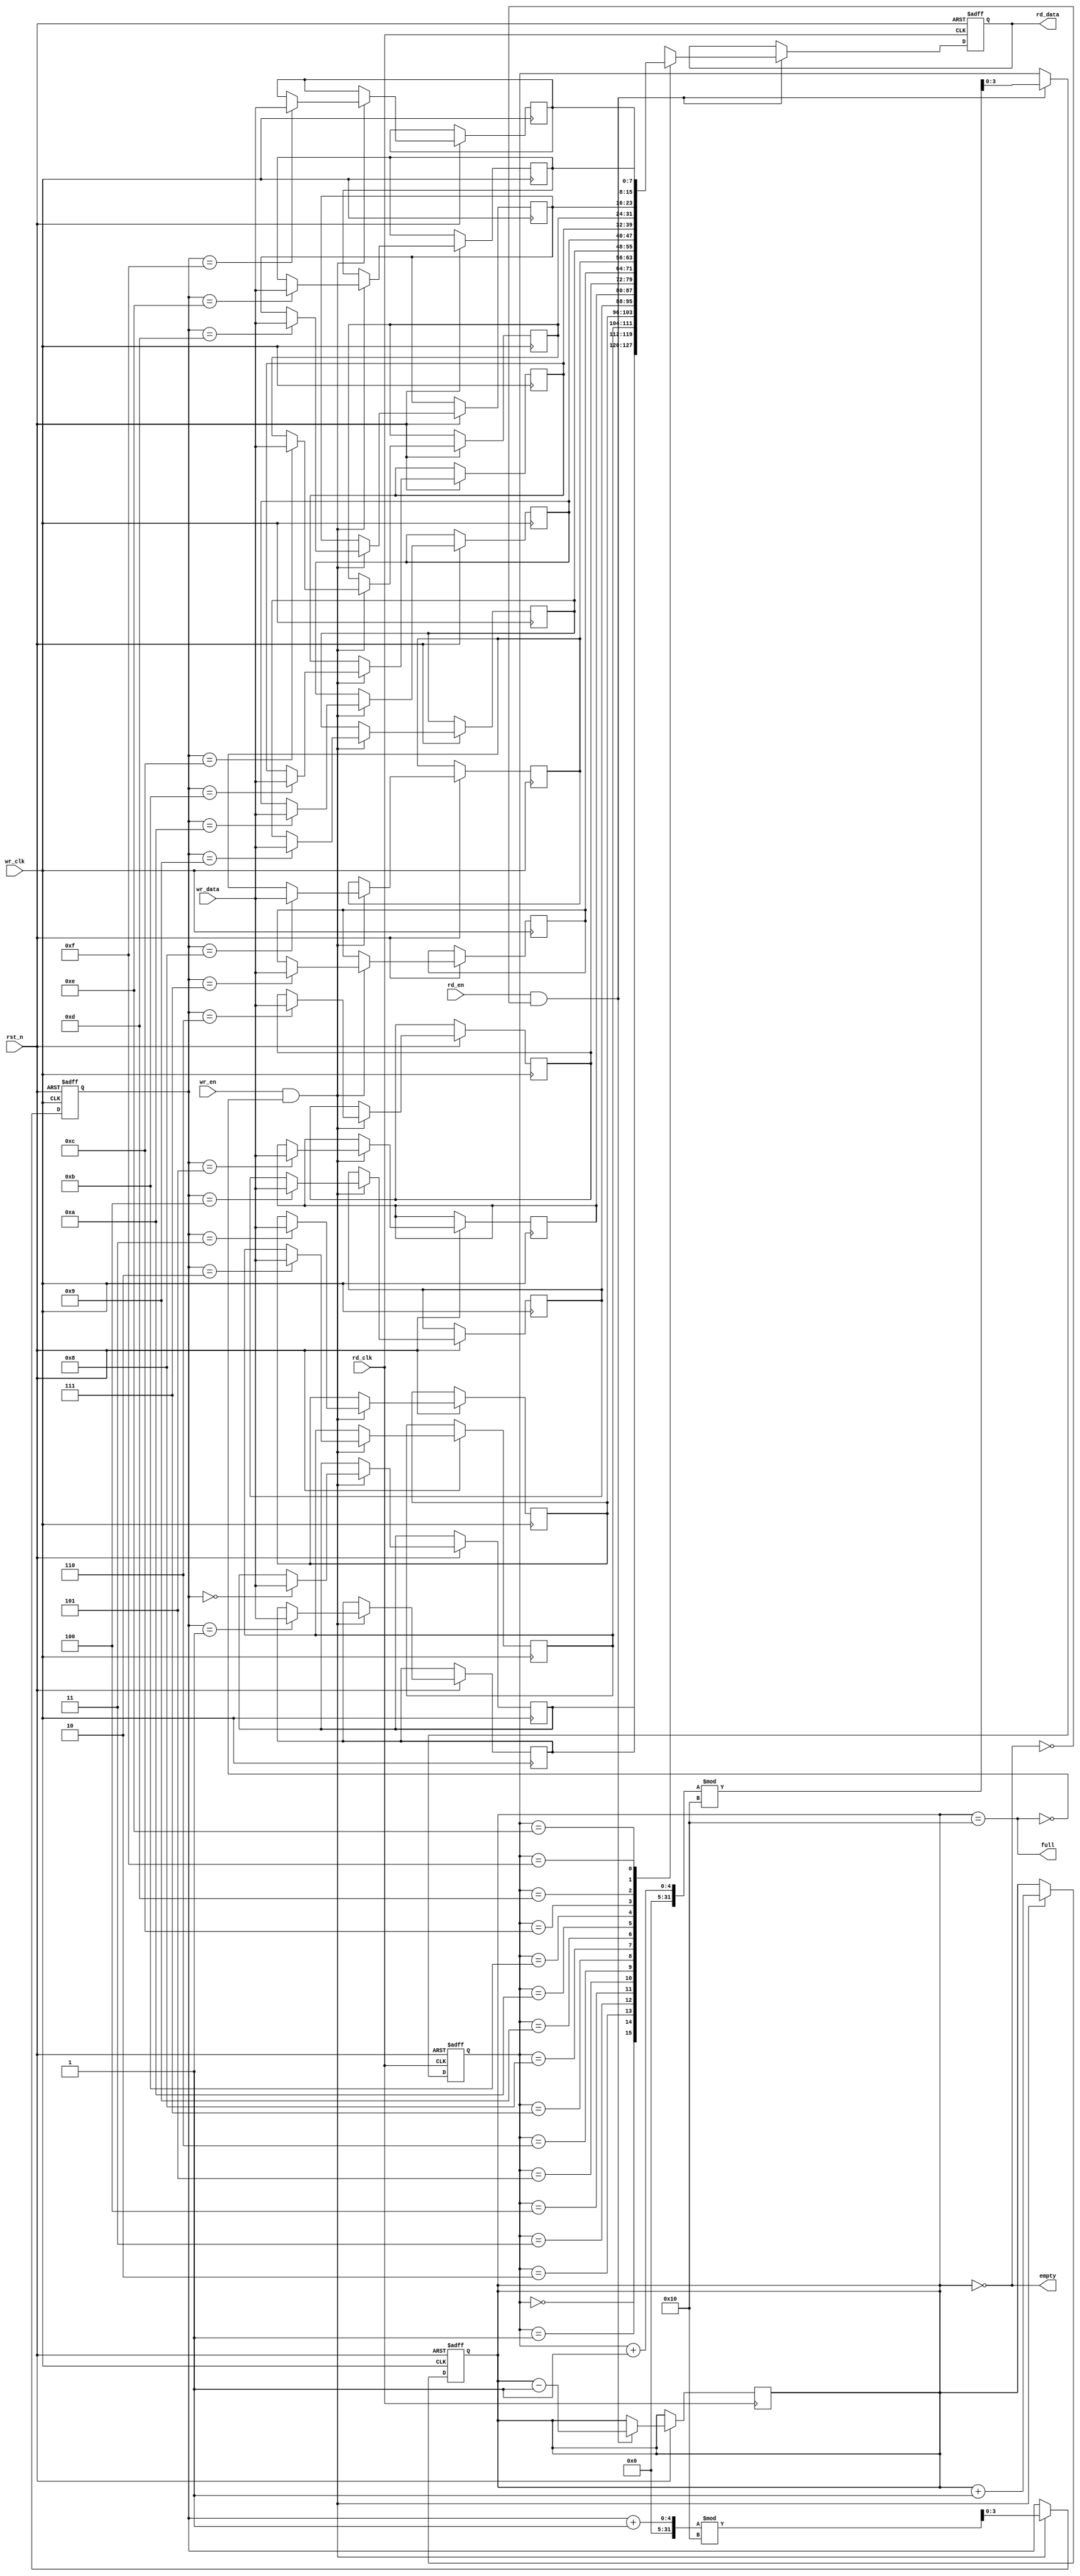
module async_fifo #(
    parameter DATA_WIDTH = 8,     // Width of the data
    parameter FIFO_DEPTH = 16      // Depth of the FIFO (must be a power of 2)
) (
    input wire wr_clk,              // Write clock
    input wire wr_en,               // Write enable
    input wire [DATA_WIDTH-1:0] wr_data, // Data to write
    output wire full,               // Full flag

    input wire rd_clk,              // Read clock
    input wire rd_en,               // Read enable
    output reg [DATA_WIDTH-1:0] rd_data, // Data to read
    output wire empty,              // Empty flag

    input wire rst_n                // Asynchronous reset (active low)
);

    // Internal signals
    reg [DATA_WIDTH-1:0] mem [0:FIFO_DEPTH-1]; // Memory array
    reg [$clog2(FIFO_DEPTH)-1:0] wr_ptr; // Write pointer
    reg [$clog2(FIFO_DEPTH)-1:0] rd_ptr; // Read pointer
    reg [$clog2(FIFO_DEPTH):0] count; // Number of elements in FIFO

    // Full and empty flags
    assign full = (count == FIFO_DEPTH);
    assign empty = (count == 0);

    // Write operation
    always @(posedge wr_clk or negedge rst_n) begin
        if (!rst_n) begin
            wr_ptr <= 0;
            count <= 0;
        end else if (wr_en && !full) begin
            mem[wr_ptr] <= wr_data; // Write data to memory
            wr_ptr <= (wr_ptr + 1) % FIFO_DEPTH; // Increment with wrap-around
            count <= count + 1; // Update count
        end
    end

    // Read operation
    always @(posedge rd_clk or negedge rst_n) begin
        if (!rst_n) begin
            rd_ptr <= 0;
            rd_data <= 0;
        end else if (rd_en && !empty) begin
            rd_data <= mem[rd_ptr]; // Read data from memory
            rd_ptr <= (rd_ptr + 1) % FIFO_DEPTH; // Increment with wrap-around
            count <= count - 1; // Update count
        end
    end

endmodule